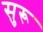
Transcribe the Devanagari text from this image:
सुरू